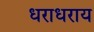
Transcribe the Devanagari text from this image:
धराधराय